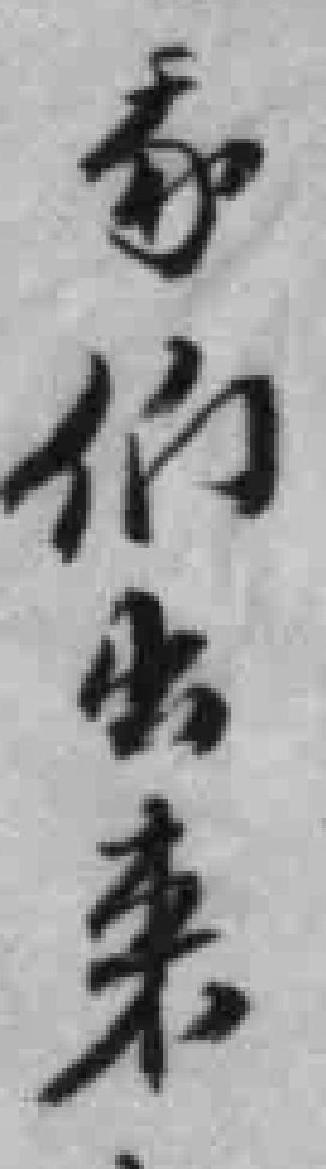
*们出来